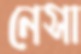
নেসা